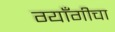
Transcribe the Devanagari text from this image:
ग्याँगीचा